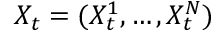
X _ { t } = ( X _ { t } ^ { 1 } , \ldots , X _ { t } ^ { N } )